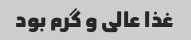
غذا عالی و گرم بود